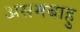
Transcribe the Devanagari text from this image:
असमबाहु